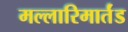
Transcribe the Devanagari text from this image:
मल्लारिमार्तंड